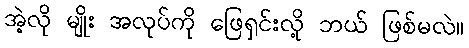
အဲ့လို မျိုး အလုပ်ကို ဖြေရှင်းလို့ ဘယ် ဖြစ်မလဲ။